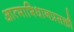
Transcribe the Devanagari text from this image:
आत्माभिधानप्रसक्तौ